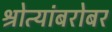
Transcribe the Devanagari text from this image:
श्रोत्यांबरोबर